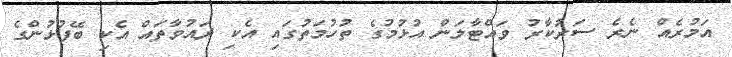
އަމުރެއް ނެރެ ސަރުކާރު ވައްޓާލަން އުޅުމުގެ ތުހުމަތުގައި އެކި ދައުވާތައް އެކި ބޭފުޅުންގެ